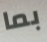
بما